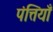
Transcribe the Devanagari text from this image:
पंत्तियाँ